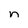
Character: n